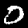
Label: 0